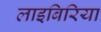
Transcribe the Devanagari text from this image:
लाइबिरिया